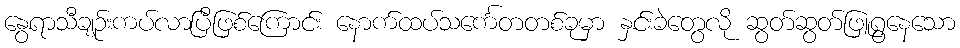
နွေရာသီချဉ်းကပ်လာပြီဖြစ်ကြောင်း နောက်ထပ်သင်္ကေတတစ်ခုမှာ နှင်းခဲတွေလို ဆွတ်ဆွတ်ဖြူရွနေသော